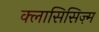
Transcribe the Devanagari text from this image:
क्लासिसिज़्म